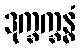
ဒုက္ခက္ခန္ဓံ